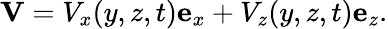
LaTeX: \mathbf{V}=V_{x}(y,z,t)\mathbf{e}_{x}+V_{z}(y,z,t)\mathbf{e}_{z}.